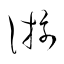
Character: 游